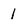
Character: 1